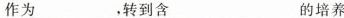
作为___，转到含___的培养